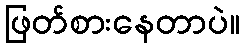
ဖြတ်စားနေတာပဲ။